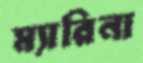
ম্যারিনা